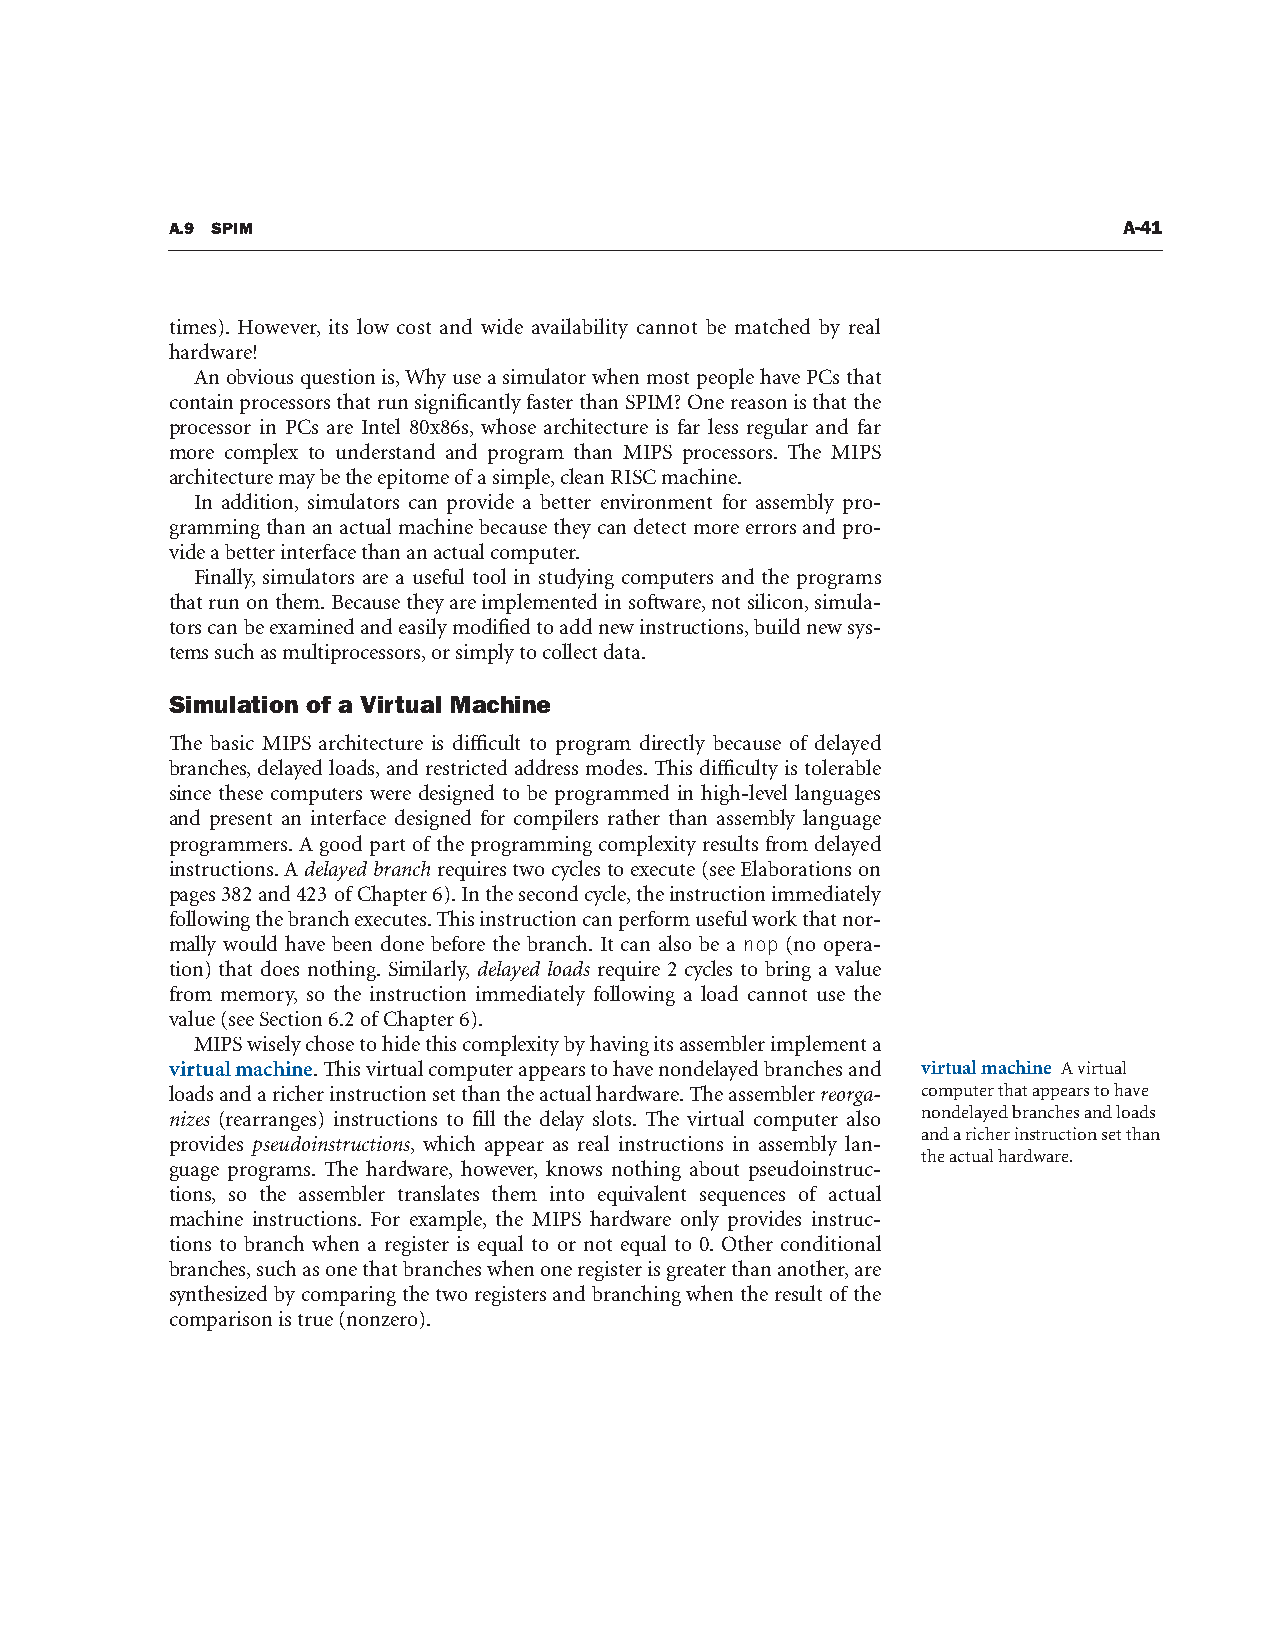
A.9 SPIM                                                       A-41
 times). However, its low cost and wide availability cannot be matched by real
 hardware!
 An obvious question is, Why use a simulator when most people have PCs that
 contain processors that run significantly faster than SPIM? One reason is that the
 processor in PCs are Intel 80x86s, whose architecture is far less regular and far
 more complex to understand and program than MIPS processors. The MIPS
 architecture may be the epitome of a simple, clean RISC machine.
 In addition, simulators can provide a better environment for assembly pro-
 gramming than an actual machine because they can detect more errors and pro-
 vide a better interface than an actual computer.
 Finally, simulators are a useful tool in studying computers and the programs
 that run on them. Because they are implemented in software, not silicon, simula-
 tors can be examined and easily modified to add new instructions, build new sys-
 tems such as multiprocessors, or simply to collect data.
 Simulation of a Virtual Machine
 The basic MIPS architecture is difficult to program directly because of delayed
 branches, delayed loads, and restricted address modes. This difficulty is tolerable
 since these computers were designed to be programmed in high-level languages
 and present an interface designed for compilers rather than assembly language
 programmers. A good part of the programming complexity results from delayed
 instructions. A delayed branch requires two cycles to execute (see Elaborations on
 pages 382 and 423 of Chapter 6). In the second cycle, the instruction immediately
 following the branch executes. This instruction can perform useful work that nor-
 mally would have been done before the branch. It can also be a nop (no opera-
 tion) that does nothing. Similarly, delayed loads require 2 cycles to bring a value
 from memory, so the instruction immediately following a load cannot use the
 value (see Section 6.2 of Chapter 6).
 MIPS wisely chose to hide this complexity by having its assembler implement a
 virtual machine. This virtual computer appears to have nondelayed branches and virtual machine A virtual
 loads and a richer instruction set than the actual hardware. The assembler reorga- computer that appears to have
 nizes (rearranges) instructions to fill the delay slots. The virtual computer also nondelayed branches and loads
 and a richer instruction set than
 provides pseudoinstructions, which appear as real instructions in assembly lan-
 the actual hardware.
 guage programs. The hardware, however, knows nothing about pseudoinstruc-
 tions, so the assembler translates them into equivalent sequences of actual
 machine instructions. For example, the MIPS hardware only provides instruc-
 tions to branch when a register is equal to or not equal to 0. Other conditional
 branches, such as one that branches when one register is greater than another, are
 synthesized by comparing the two registers and branching when the result of the
 comparison is true (nonzero).